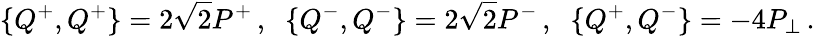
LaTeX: \{ Q^{+},Q^{+}\} =2\sqrt{2}P^{+}\, ,\; \; \{ Q^{-},Q^{-}\} =2\sqrt{2}P^{-}\, ,\; \; \{ Q^{+},Q^{-}\} =-4P_{\perp}\, .